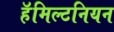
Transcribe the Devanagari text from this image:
हॅमिल्टनियन